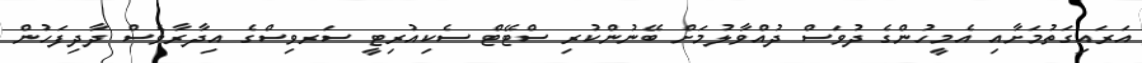
އަރައިގަތުމަށާއި އެމީހުންގެ ދުވަސް ދުއްވާލުމަށް ބޭނުންކުރި ސްޓޭޓް ސެކިއުރިޓީ ސަރވިސްގެ އިދާރާވެސް ދާދިފަހުން